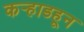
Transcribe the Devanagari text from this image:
कर्‍हाडहून